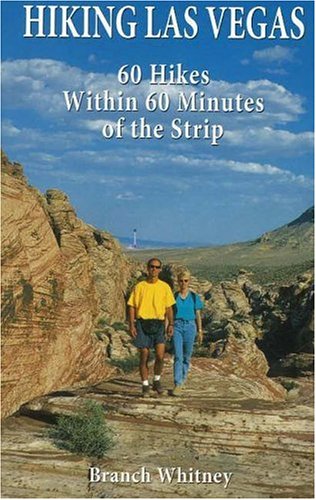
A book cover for Hiking Las Vegas: 60 Hikes Within 60 Minutes of the Strip; Branch Whitney; Travel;